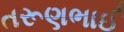
તરૂણભાઈ